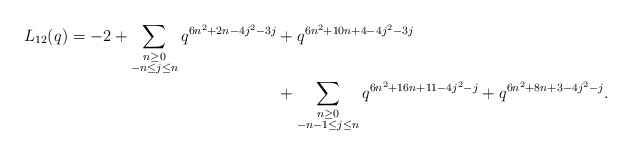
\begin{align*} \begin{aligned}L_{12}(q) = -2 + \sum_{\substack{n \geq 0 \\ -n \leq j \leq n}} q^{6n^2 + 2n - 4j^2 - 3j} & + q^{6n^2 + 10n + 4 - 4j^2 - 3j} \\& + \sum_{\substack{n \geq 0 \\ -n-1 \leq j \leq n}} q^{6n^2 + 16n + 11 - 4j^2 - j} + q^{6n^2 + 8n + 3 - 4j^2 - j}.\end{aligned}\end{align*}